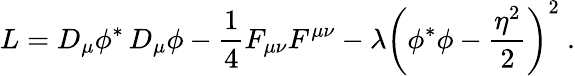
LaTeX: L=D_{\mu}\phi^{*}\, D_{\mu}\phi-{\frac{1}{4}}F_{\mu\nu}F^{\mu\nu}-{\lambda}\left(\phi^{*}\phi-{\frac{\eta^{2}}{2}}\right)^{2}\ .